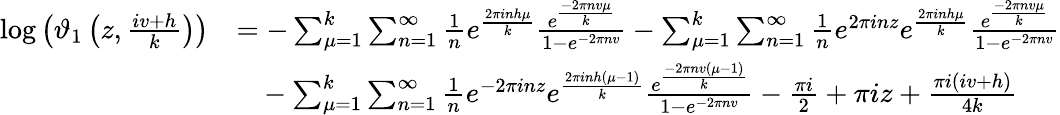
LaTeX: \begin{array}{rl}{\log\left(\vartheta_{1}\left(z,\frac{iv+h}{k}\right)\right)}&{=-\sum_{\mu=1}^{k}\sum_{n=1}^{\infty}\frac{1}{n}e^{\frac{2\pi inh\mu}{k}}\frac{e^{\frac{-2\pi nv\mu}{k}}}{1-e^{-2\pi nv}}-\sum_{\mu=1}^{k}\sum_{n=1}^{\infty}\frac{1}{n}e^{2\pi inz}e^{\frac{2\pi inh\mu}{k}}\frac{e^{\frac{-2\pi nv\mu}{k}}}{1-e^{-2\pi nv}}}\\ &{~~~-\sum_{\mu=1}^{k}\sum_{n=1}^{\infty}\frac{1}{n}e^{-2\pi inz}e^{\frac{2\pi inh(\mu-1)}{k}}\frac{e^{\frac{-2\pi nv\left(\mu-1\right)}{k}}}{1-e^{-2\pi nv}}-\frac{\pi i}{2}+\pi iz+\frac{\pi i(iv+h)}{4k}}\end{array}